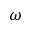
\omega